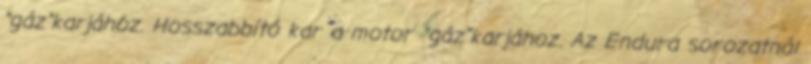
"gáz"karjához. Hosszabbító kar a motor "gáz"karjához. Az Endura sorozatnál